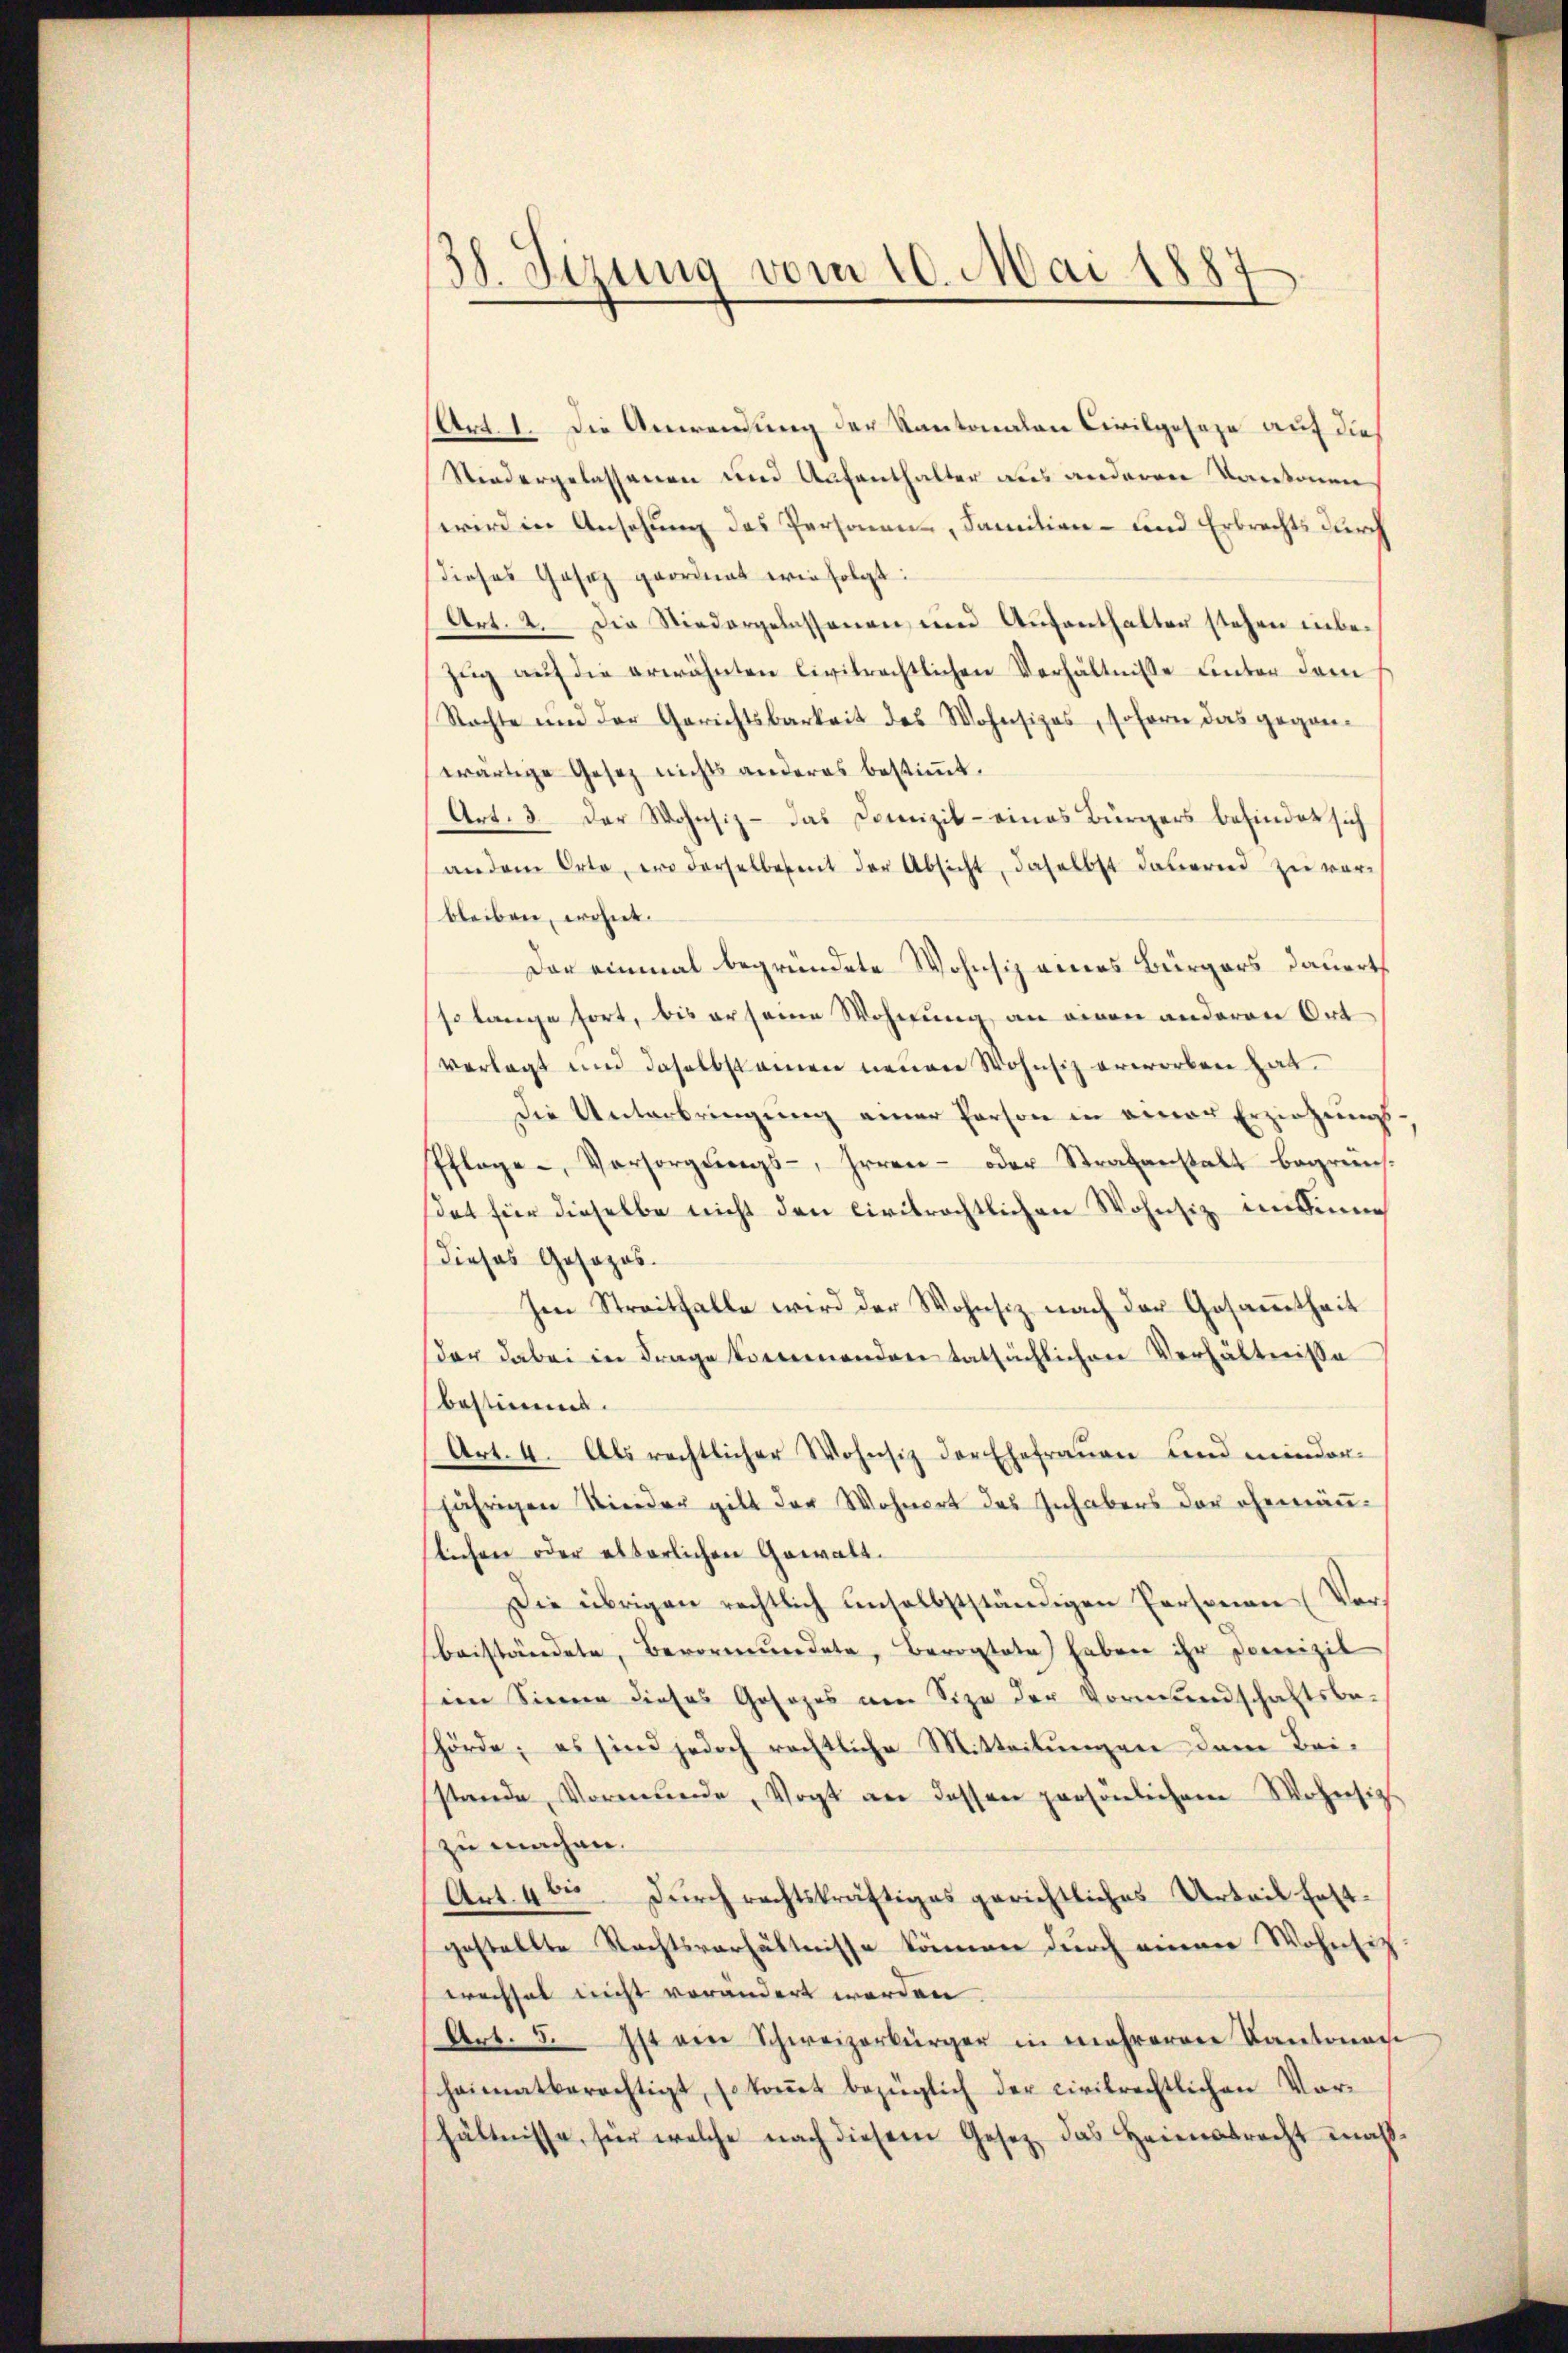
138. Sezung vom 10. Mai 1887

Art. 1. Die Anwendung der Kantonalen Civilgeseze auf die
Niedergelassenen und Aufenthalter aus anderen Kantonen
wird in Ansehung des Personen-, Familien- und Erbrechts durch
dieses Gesez geordnet wir folgt:
Art. 2. Die Niedergelassenen und Aufenthalter stehen inbe¬
Zug auf die erwähnten Civilrechtlichen Verhältnisse unter dem
Nachte und der Gerichtsbarkeit des Wohnsizes, soforn das geganwärtige Gesetz nichts anderes bestimmt.
Art. 3. Der Wohnsiz - das Domizil - eines Bürgers befindet sich
andem Orte, wo derselbesent der Absicht, daselbst dauernd zu verbleiben, erhiet.
Der einmal begründete Wohnsiz eines Bürgers dauert
so lange fort, bis er seine Wohnung an einen anderen Ort
verlegt und daselbstamen neuen Wohnsiz erworben hat.
Die Unterbringung einer Person in einer Erziehungs-
Pflege, Versorgŭngs-, Irren- oder Strafanstalt begrüns.
sat für dieselbe nicht den civilrechtlichen Wohnsiz im Sin
Dieses Gosazos.
Im Streithalle wird der Wohnsiz nach der Gesammtheit
der dabei in Frage kommenden tatsächlichen Verhältnisse
bestimmt.
Art. 4. Als rechtlicher Wohnsitz der Ehefrauen und minder-
jährigen Nieder gibt der Wohnert des Inhabers der ehemänslichen oder alterlichen Gewalt.
Die übrigen rechtlich unselbstständigen Personen Vorbeiständete, Bevormundete, Berontate haben ihr Domizil
sein Sinne dieses Gesezes am Size der Vormundschaftsbe-
shörde; es sind jedoch rechtliche Mitteilŭngen dem Bei-
stande, Vormunde, Vogt an dessen persönlichem Wohnsitz
zu machen.
Art. 46. Durch rechtskräftiges gerichtliches Urteil festgestellte Rechtsverhältnisse können durch einem Wohnsitwechsel nicht verändert werden.
Art. 5. Ist ein Schweizerbürger in mehreren Kantonen
sheimatberechtigt, so kommt bezüglich der civilrechtlichen Vorhältnisse, für welche nach diesem Gesetz das Heimatracht maß